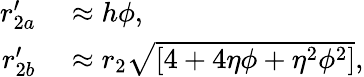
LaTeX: \begin{array}{rl}{r_{2a}^{\prime}}&{{}\approx h\phi,}\\ {r_{2b}^{\prime}}&{{}\approx r_{2}\sqrt{\left[4+4\eta\phi+\eta^{2}\phi^{2}\right]},}\end{array}